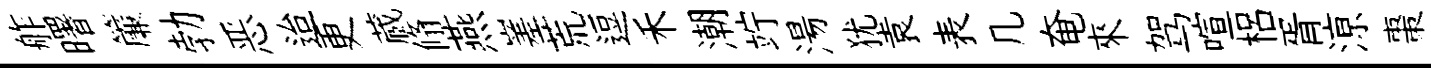
舴曙簾勃恶迨更蔵翛燕嵳荒逗禾潮竚湯犹袁表几奄來驾喧梠胥鿌棗